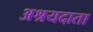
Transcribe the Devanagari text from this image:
अश्रयदाता